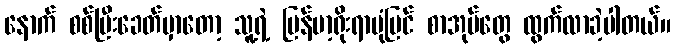
နောက် စစ်ပြီးခေတ်မှာတော့ သူ့ရဲ့ မြန်မာ့ရိုးရာပုံပြင် စာအုပ်တွေ ထွက်လာခဲ့ပါတယ်။